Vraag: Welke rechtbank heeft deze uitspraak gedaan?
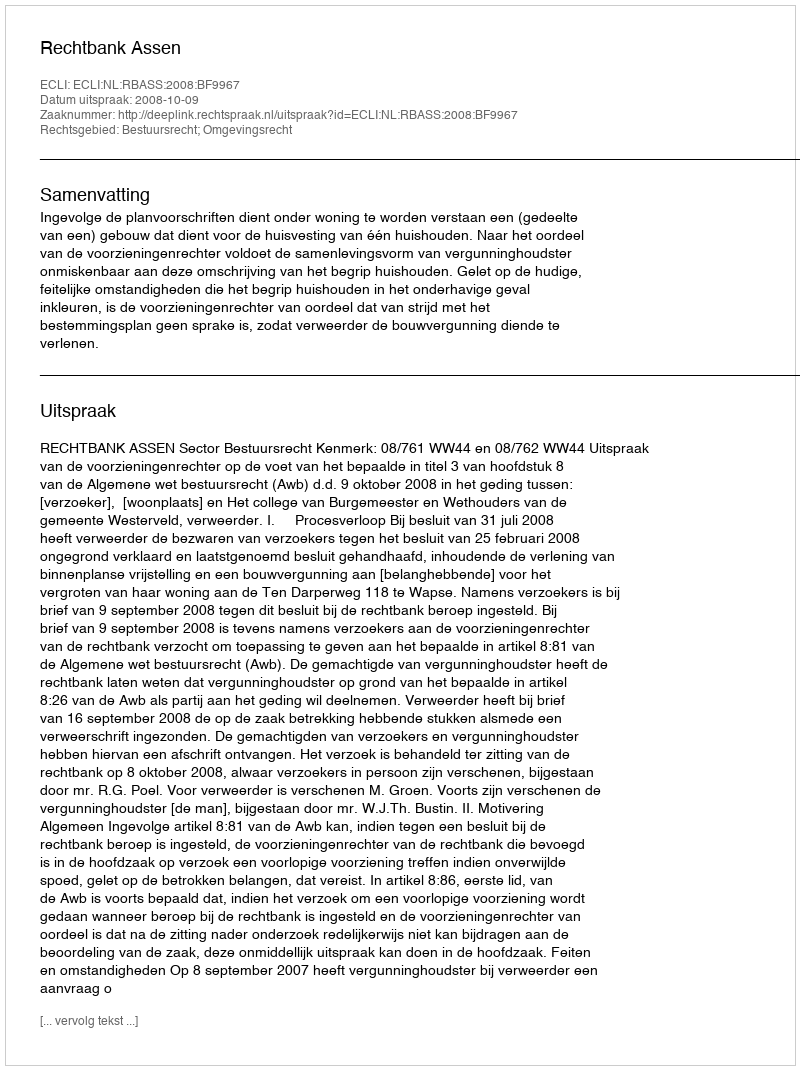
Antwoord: Rechtbank Assen